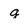
Character: g